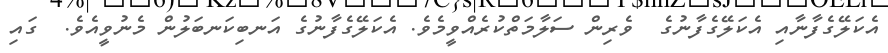
އެކަލޭގެފާނާއި އެކަލޭގެފާނުގެ  ވެރިން ސަލާމަތްކުރެއްވީމެވެ. އެކަލޭގެފާނުގެ އަނބިކަނބަލުން މެނުވީއެވެ.  ގައި